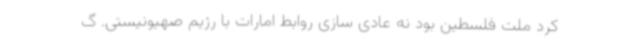
کرد ملت فلسطین بود نه عادی سازی روابط امارات با رژیم صهیونیستی. گ